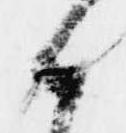
候